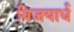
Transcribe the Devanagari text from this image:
विजयार्ध